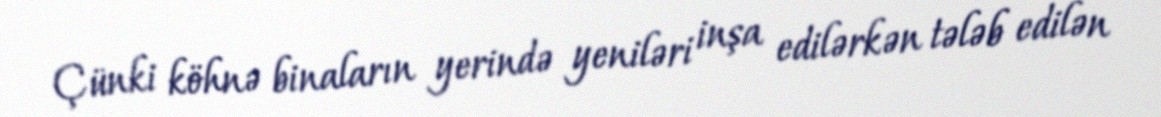
Çünki köhnə binaların yerində yeniləri inşa edilərkən tələb edilən